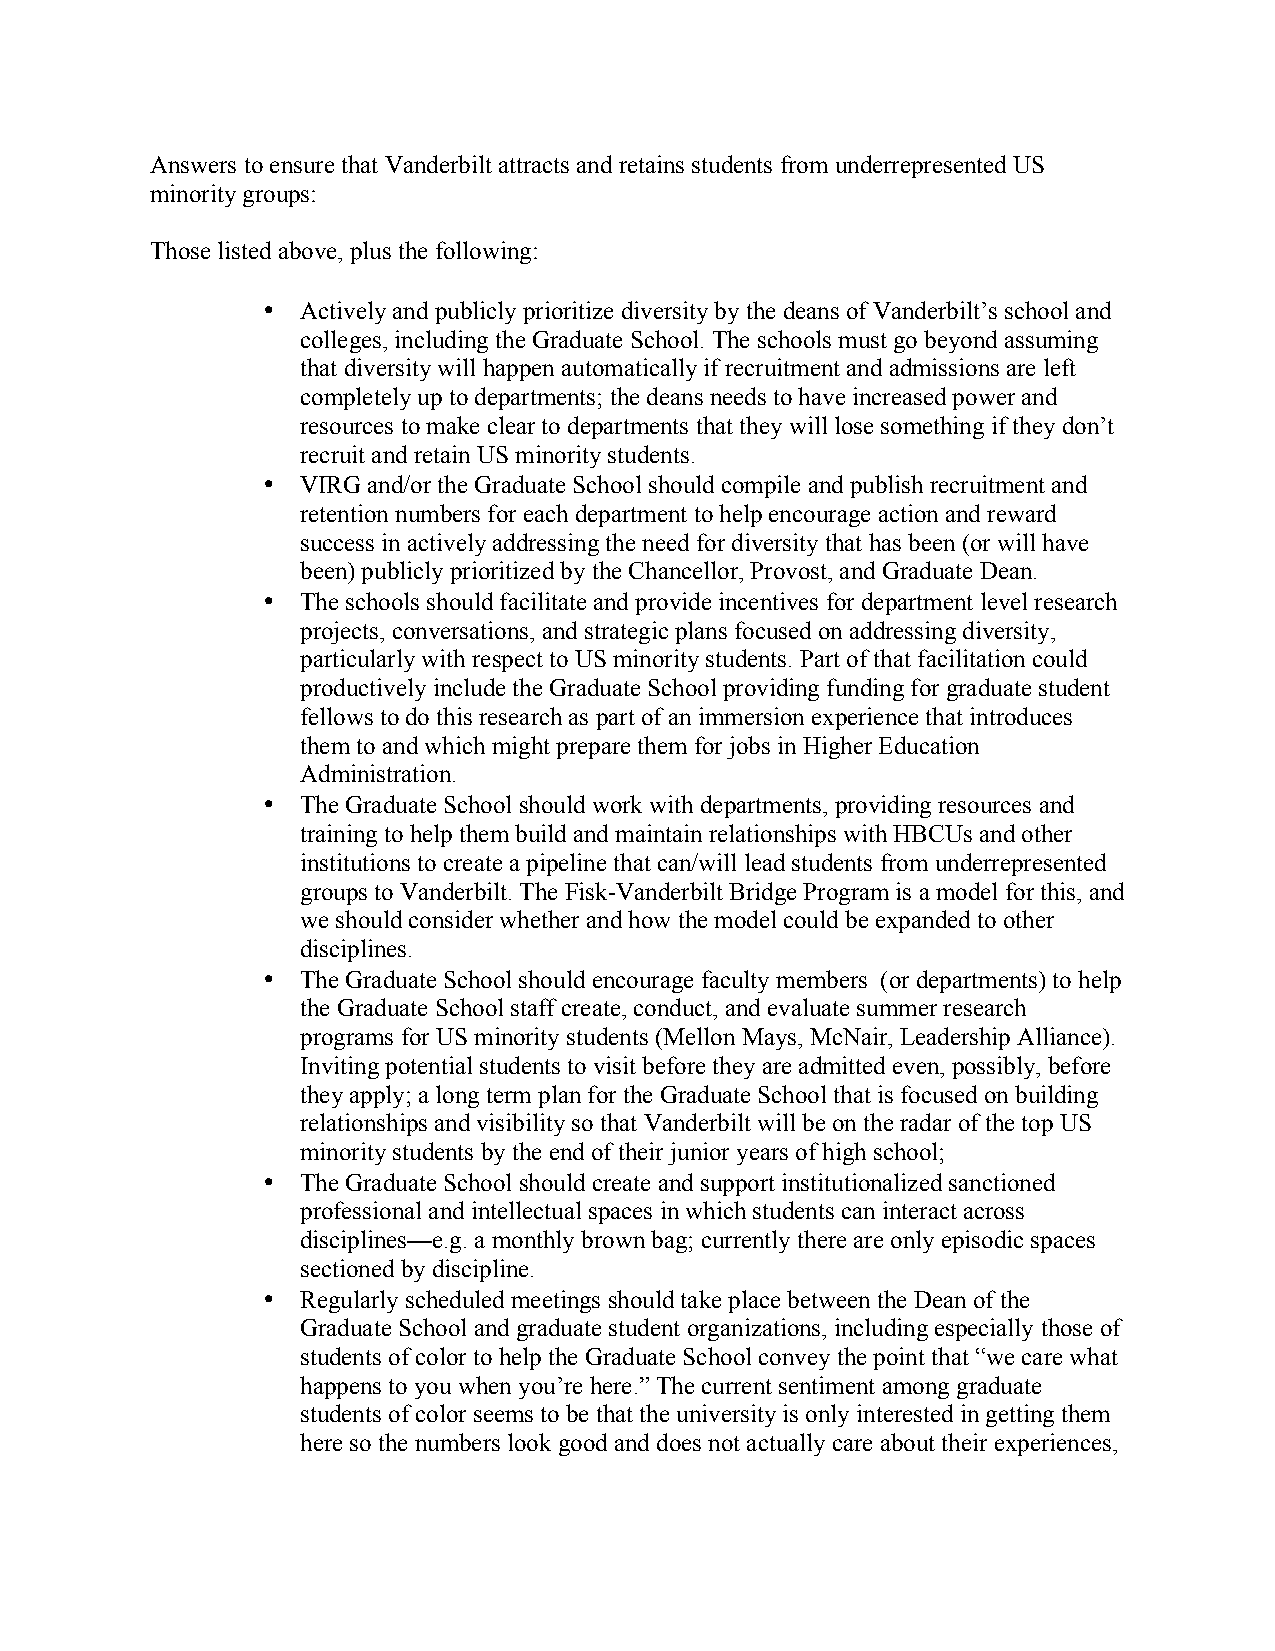
Answers to ensure that Vanderbilt attracts and retains students from underrepresented US
 minority groups:
 Those listed above, plus the following:
 •  Actively and publicly prioritize diversity by the deans of Vanderbilt’s school and
 colleges, including the Graduate School. The schools must go beyond assuming
 that diversity will happen automatically if recruitment and admissions are left
 completely up to departments; the deans needs to have increased power and
 resources to make clear to departments that they will lose something if they don’t
 recruit and retain US minority students.
 •  VIRG and/or the Graduate School should compile and publish recruitment and
 retention numbers for each department to help encourage action and reward
 success in actively addressing the need for diversity that has been (or will have
 been) publicly prioritized by the Chancellor, Provost, and Graduate Dean.
 •  The schools should facilitate and provide incentives for department level research
 projects, conversations, and strategic plans focused on addressing diversity,
 particularly with respect to US minority students. Part of that facilitation could
 productively include the Graduate School providing funding for graduate student
 fellows to do this research as part of an immersion experience that introduces
 them to and which might prepare them for jobs in Higher Education
 Administration.
 •  The Graduate School should work with departments, providing resources and
 training to help them build and maintain relationships with HBCUs and other
 institutions to create a pipeline that can/will lead students from underrepresented
 groups to Vanderbilt. The Fisk-Vanderbilt Bridge Program is a model for this, and
 we should consider whether and how the model could be expanded to other
 disciplines.
 •  The Graduate School should encourage faculty members (or departments) to help
 the Graduate School staff create, conduct, and evaluate summer research
 programs for US minority students (Mellon Mays, McNair, Leadership Alliance).
 Inviting potential students to visit before they are admitted even, possibly, before
 they apply; a long term plan for the Graduate School that is focused on building
 relationships and visibility so that Vanderbilt will be on the radar of the top US
 minority students by the end of their junior years of high school;
 •  The Graduate School should create and support institutionalized sanctioned
 professional and intellectual spaces in which students can interact across
 disciplines—e.g. a monthly brown bag; currently there are only episodic spaces
 sectioned by discipline.
 •  Regularly scheduled meetings should take place between the Dean of the
 Graduate School and graduate student organizations, including especially those of
 students of color to help the Graduate School convey the point that “we care what
 happens to you when you’re here.” The current sentiment among graduate
 students of color seems to be that the university is only interested in getting them
 here so the numbers look good and does not actually care about their experiences,